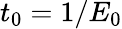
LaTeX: t_{0}=1/E_{0}